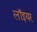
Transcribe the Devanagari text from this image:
लॉइयर